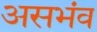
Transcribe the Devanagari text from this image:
असभंव